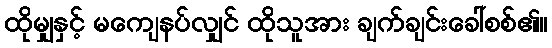
ထိုမျှနှင့် မကျေနပ်လျှင် ထိုသူအား ချက်ချင်းခေါ်စစ်၏။